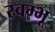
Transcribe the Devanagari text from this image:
स्वम्भू